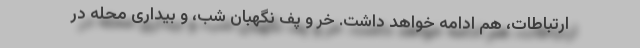
ارتباطات، هم ادامه خواهد داشت. خر و پف نگهبان شب، و بیداری محله در